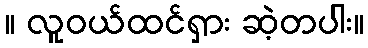
။ လူဝယ်ထင်ရှား ဆဲ့တပါး။